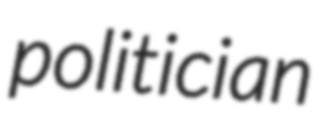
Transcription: politician